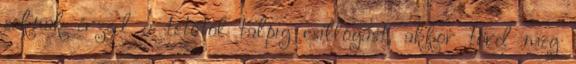
soknak érzed a tetőtől talpig csillogást, akkor törd meg